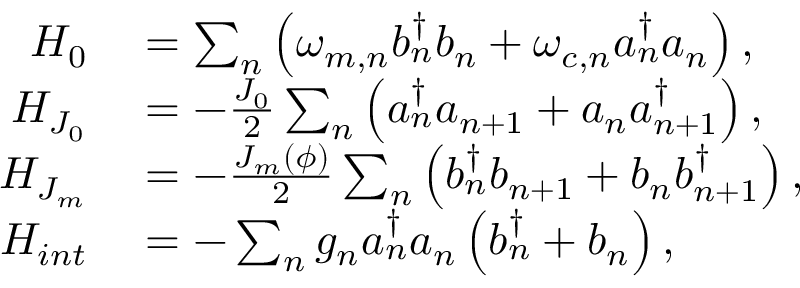
\begin{array} { r l } { H _ { 0 } } & { { } = \sum _ { n } \left( \omega _ { m , n } b _ { n } ^ { \dagger } b _ { n } + \omega _ { c , n } a _ { n } ^ { \dagger } a _ { n } \right) , } \\ { H _ { J _ { 0 } } } & { { } = - \frac { J _ { 0 } } { 2 } \sum _ { n } \left( a _ { n } ^ { \dagger } a _ { n + 1 } + a _ { n } a _ { n + 1 } ^ { \dagger } \right) , } \\ { H _ { J _ { m } } } & { { } = - \frac { J _ { m } ( \phi ) } { 2 } \sum _ { n } \left( b _ { n } ^ { \dagger } b _ { n + 1 } + b _ { n } b _ { n + 1 } ^ { \dagger } \right) , } \\ { H _ { i n t } } & { { } = - \sum _ { n } g _ { n } a _ { n } ^ { \dagger } a _ { n } \left( b _ { n } ^ { \dagger } + b _ { n } \right) , } \end{array}